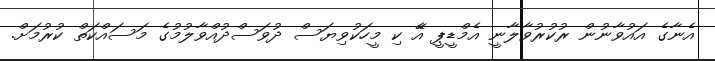
އެނާގެ އައުވާނުން ރުކުރުވާލާނީ އެމްޑީޕީ އެޭ ކި މީހަކުވިޔަސް ދުވަސްދުއްވާލުމުގެ މަސައްކަތް ކުރުމަށް.